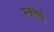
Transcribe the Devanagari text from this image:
स्कोले